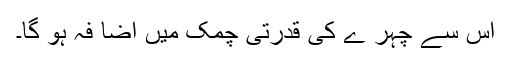
اس سے چہر ے کی قدرتی چمک میں اضا فہ ہو گا۔